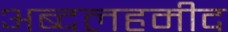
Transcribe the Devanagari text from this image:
अब्दलहमीद